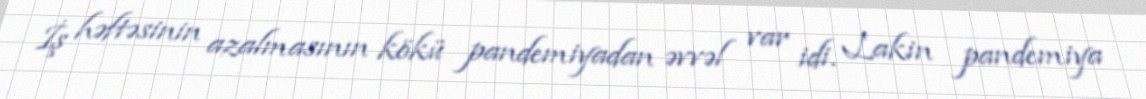
İş həftəsinin azalmasının kökü pandemiyadan əvvəl var idi. Lakin pandemiya